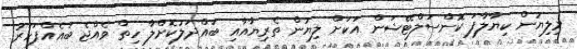
މިލިޔުން ކިޔާލާފަ ކޮންސަލްޓޭޝަން އަކަށް ލިޔުން ތެރިޔާއާއި ބައްދަލުކޮށްލާ ހިތް ވެއްޖެ ބައެއްފަހަރު